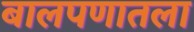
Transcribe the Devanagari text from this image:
बालपणातला